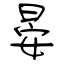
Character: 晏